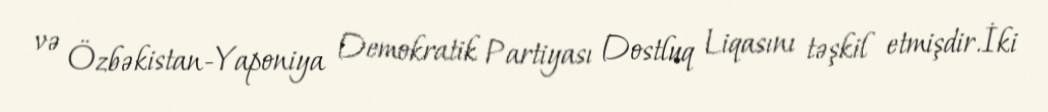
və Özbəkistan-Yaponiya Demokratik Partiyası Dostluq Liqasını təşkil etmişdir.İki